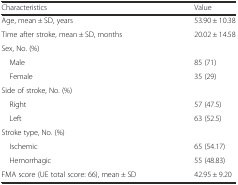
| Characteristics | Value |
 | --- | --- |
 | Age, mean ± SD, years | 53.90 ± 10.38 |
 | Time after stroke, mean ± SD, months | 20.02 ± 14.58 |
 | Sex, No. (%) |  |
 | Male | 85 (71) |
 | Female | 35 (29) |
 | Side of stroke, No. (%) |  |
 | Right | 57 (47.5) |
 | Left | 63 (52.5) |
 | Stroke type, No. (%) |  |
 | Ischemic | 65 (54.17) |
 | Hemorrhagic | 55 (48.83) |
 | FMA score (UE total score: 66), mean ± SD | 42.95 ± 9.20 |